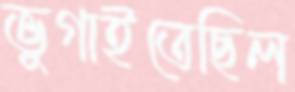
ভুগাইতেছিল